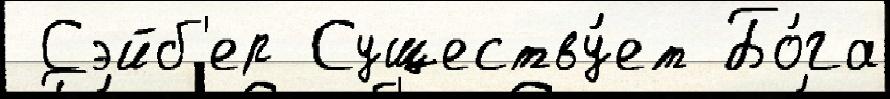
 Сэйб'ер Существу́ет Бо́га